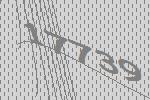
17739